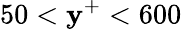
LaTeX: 50<\mathbf{y}^{+}<600